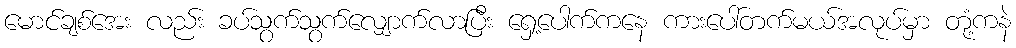
မောင်ချစ်အေး လည်း ခပ်သွက်သွက်လျှောက်လာပြီး ရှေ့ပေါက်ကနေ ကားပေါ်တက်မယ်အလုပ်မှာ တုံ့ကနဲ